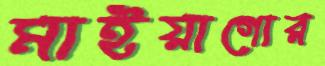
মাইয়াগোর